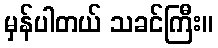
မှန်ပါတယ် သခင်ကြီး။